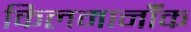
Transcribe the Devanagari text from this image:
किलमार्नॉक